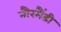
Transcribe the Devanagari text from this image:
नौरमैंडी